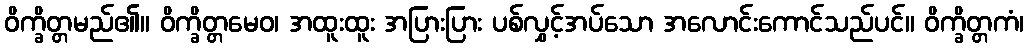
ဝိက္ခိတ္တမည်၏။ ဝိက္ခိတ္တမေဝ၊ အထူးထူး အပြားပြား ပစ်လွှင့်အပ်သော အလောင်းကောင်သည်ပင်။ ဝိက္ခိတ္တကံ၊